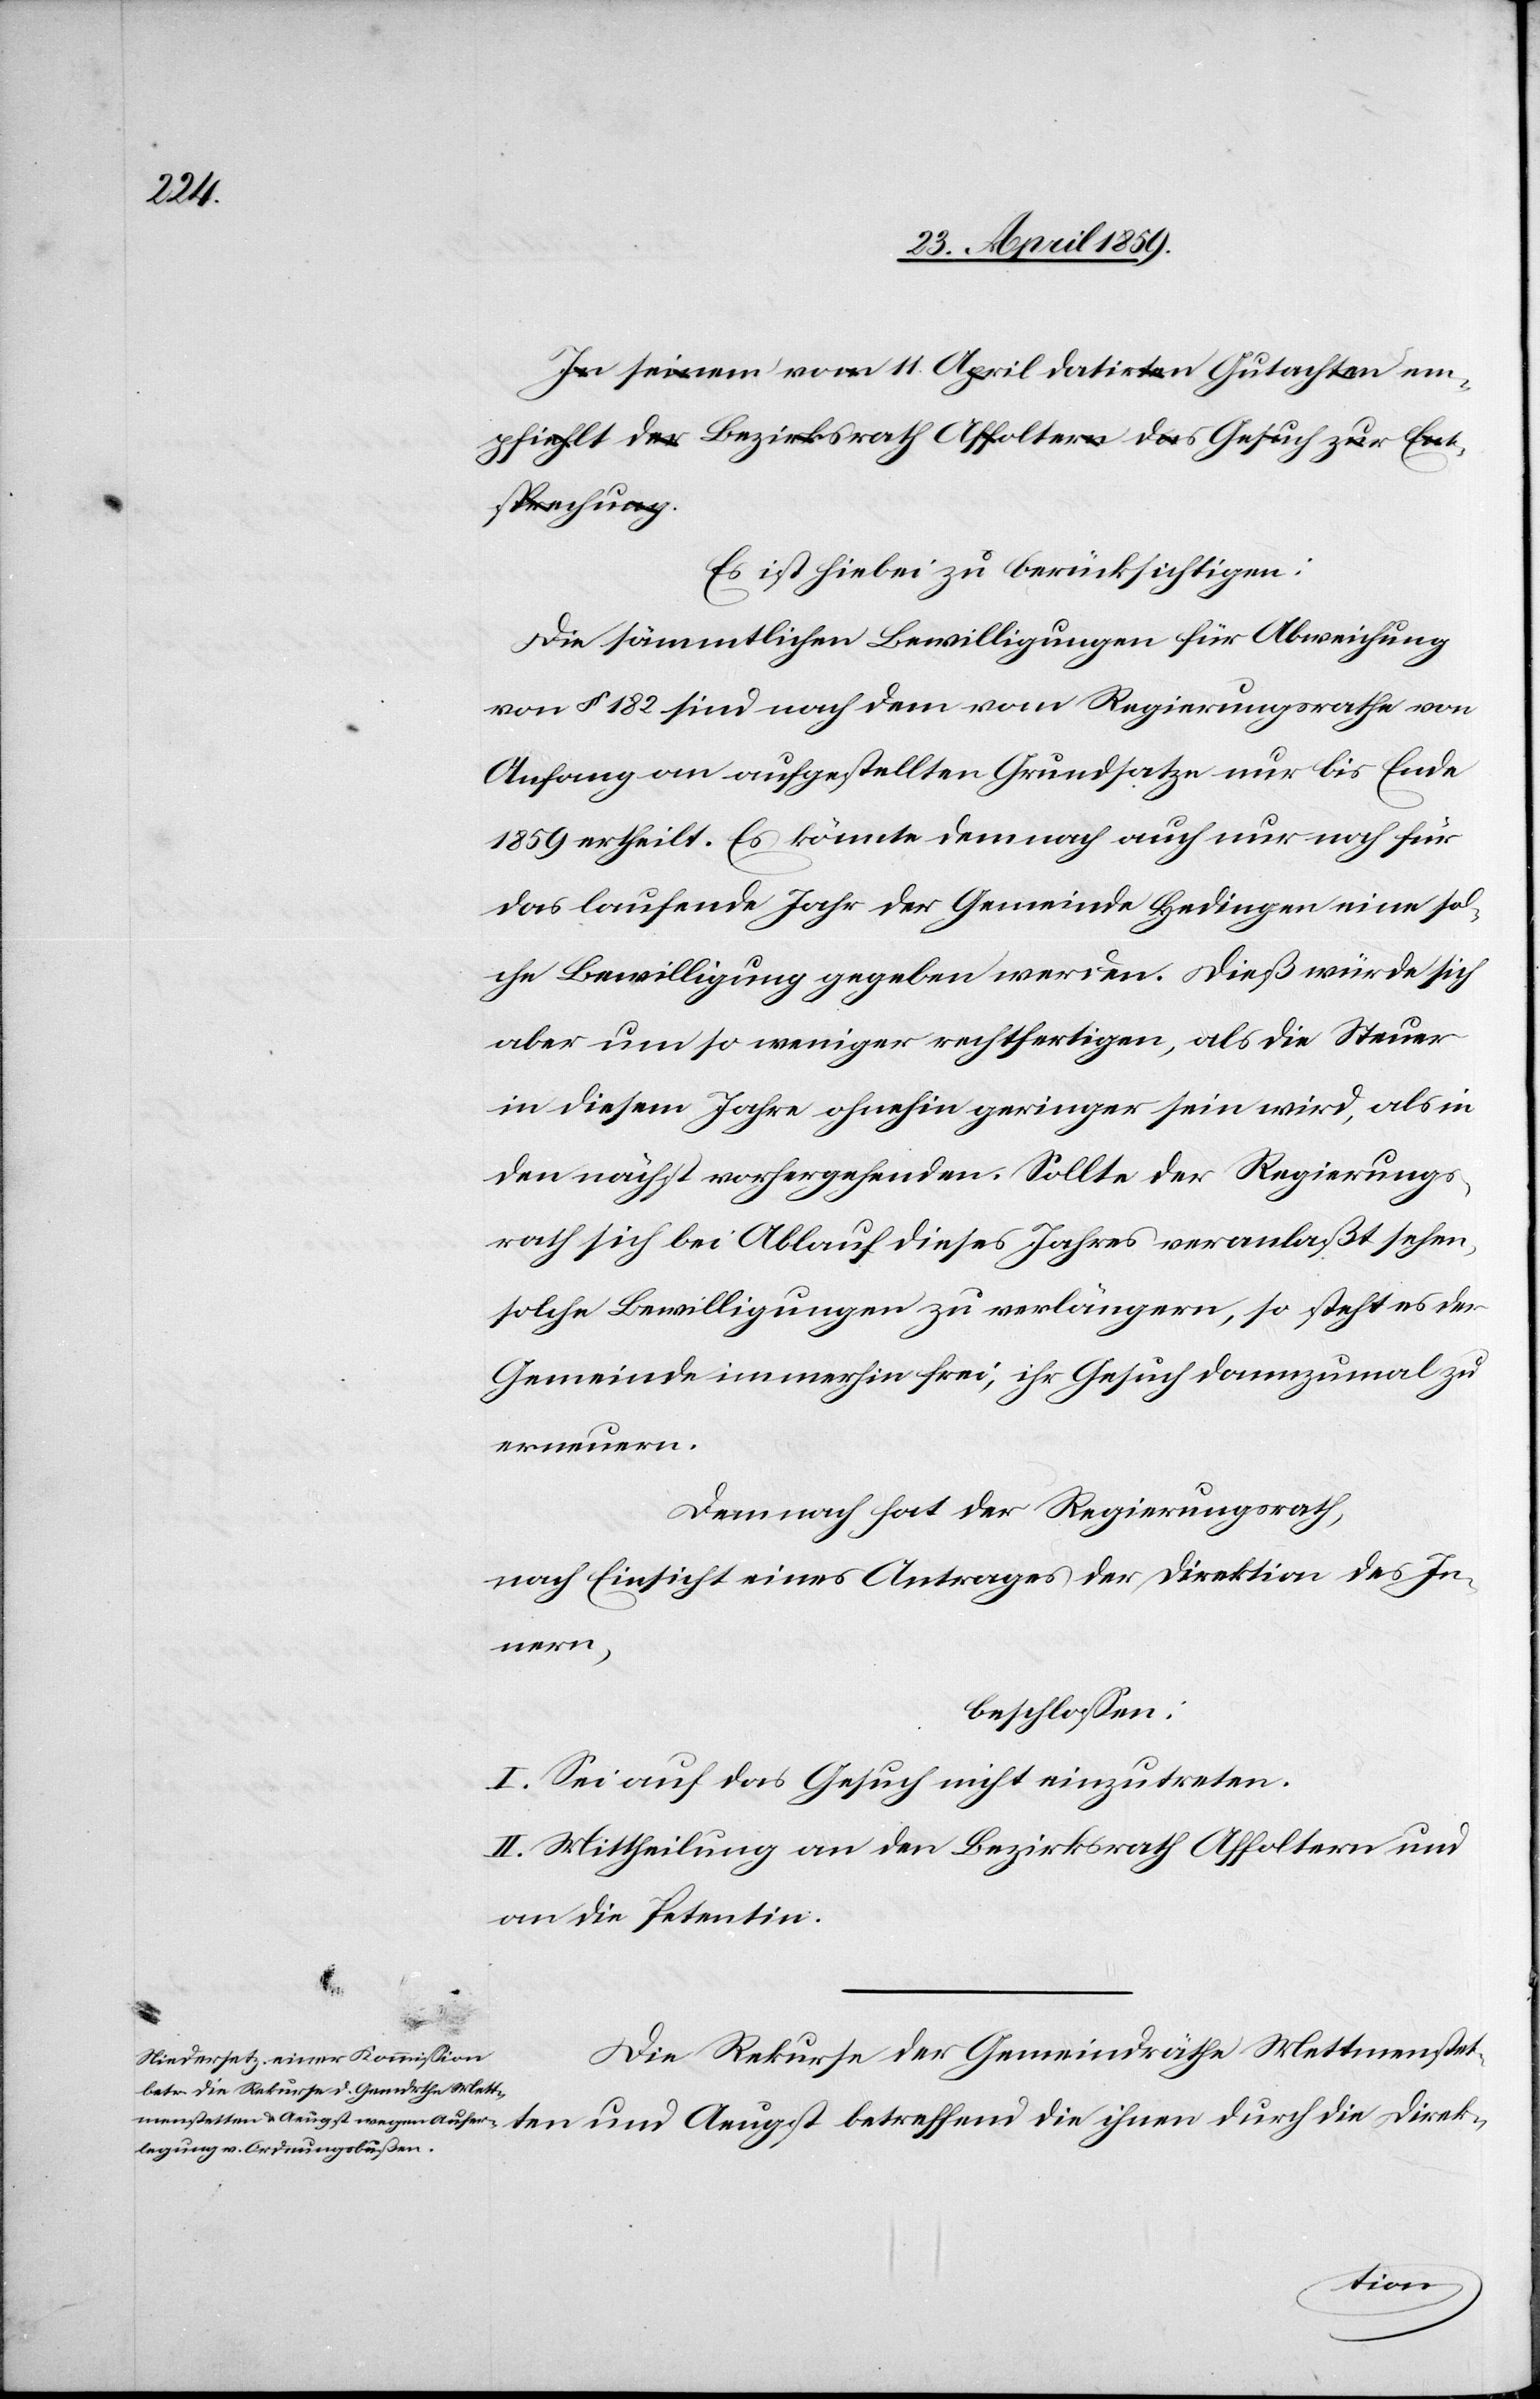
Es ist hiebei zu berücksichtigen:
Die sämmtlichen Bewilligungen für Abweichung
von § 182 sind nach dem vom Regierungsrathe von
Anfang an aufgestellten Grundsatze nur bis Ende
1859 ertheilt. Es könnte demnach auch nur noch für
das laufende Jahr der Gemeinde Hedingen eine sol¬
che Bewilligung gegeben werden. Dieß würde sich
aber um so weniger rechtfertigen, als die Steuer
in diesem Jahre ohnehin geringer sein wird, als in
den nächst vorhergehenden. Sollte der Regierungs¬
rath sich bei Ablauf dieses Jahres veranlaßt sehen,
solche Bewilligungen zu verlängern, so steht es der
Gemeinde immerhin frei, ihr Gesuch dannzumal zu
erneuern.
Demnach hat der Regierungsrath,
nach Einsicht eines Antrages der Direktion des In¬
nern,
beschloßen:
I. Sei auf das Gesuch nicht einzutreten.
II. Mittheilung an den Bezirksrath Affoltern und
an die Petentin.
die
Direk-
Die Rekurse der Gemeindräthe Mettmentstet¬